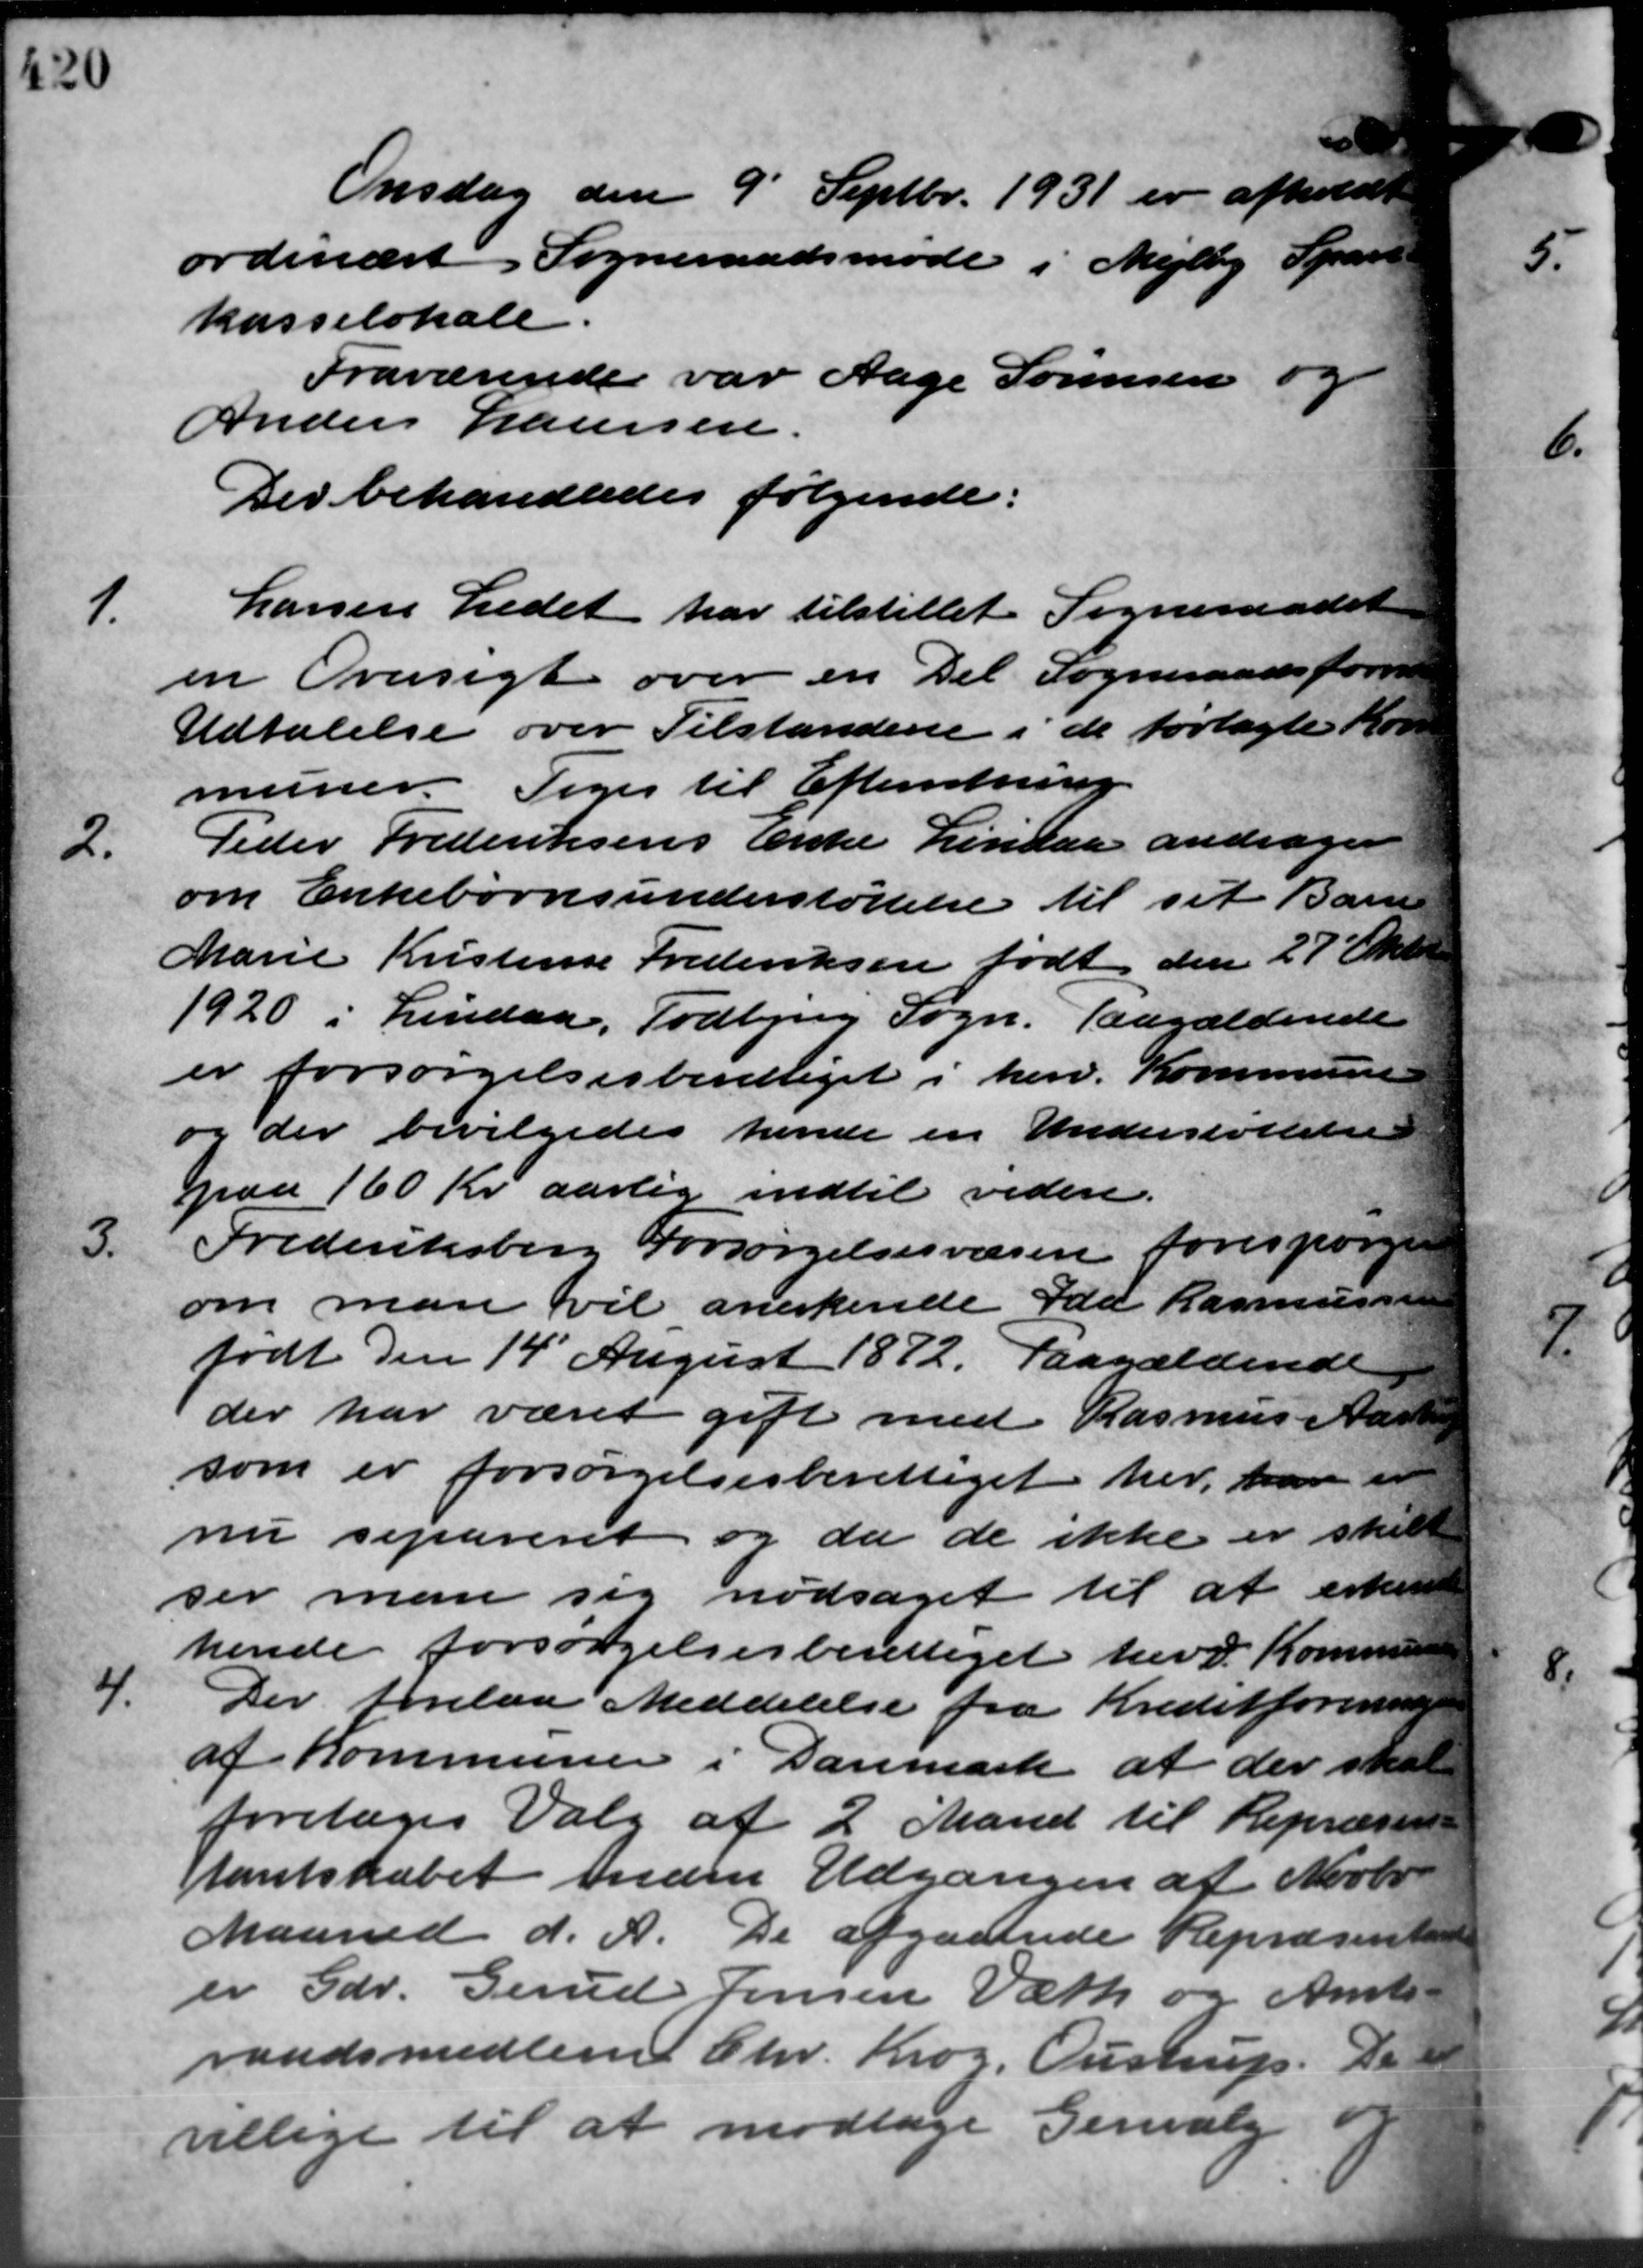
Transskription:
Onsdag den 9´ Septbr. 1931 er afholdt
ordinært Sogneraadsmøde i Mejlby Spare
kasselokale.
Fraværende var Aage Sørensen og
Anders Laursen.
Der behandledes følgende:
1.
Larsen Ledet har tilstillet Sogneraadet
en Oversigt over en Del Sogneraadsforved
Udtalelse over Tilstandene i de forlagte Kor
muner. Toges til Efterretning.
2.
Peder Frederiksens Enke Lindaa andrager
om Enkebørnsunderstøttelse til sit Barn
Marie Kristense Frederiksen født den 27 Oktob.
1920 i Lindaa, Todbjerg Sogn. Paagældende
er forsørgelsesberettiget i herv. Kommune
og der bevilgedes hende en Understøttelse
paa 160 Kr. aarlig indtil videre.
3.
Frederiksberg Forsørgelsesvæsen forespørge
om man vil anerkende Ida Rasmussen
født den 14´ August 1872. Paagældende
der har været gift med Rasmus Aastesen
som er forsørgelsesberettiget her, han en
nu separeret og da de ikke er skuld
ser man sig nødsaget til at erkende
hende forsørgelsesberettiget herv. Kommunen
4.
Der forelaa Meddelelse fra Kreditforeningen
af Kommunen i Danmark at der skal
foretoges Valg af 2 Mand til Repræsen
tantskabet inden Udgangen af Novbr.
Maaned d. A. De afgaaende Repræsentante
er Gdr. Gerud Jensen Værk og Amts –
raadsmedlem Chr. Krog. Oustrup. De
villige til at modtage Genvalg og